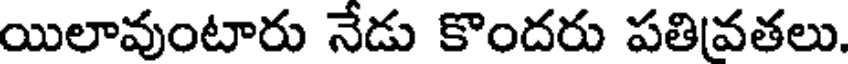
యిలావుంటారు నేడు కొందరు పతివతలు